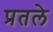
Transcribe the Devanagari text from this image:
प्रतले